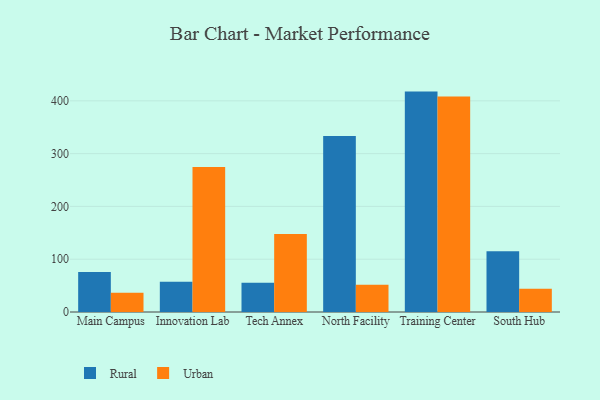
{"axis": {"x": "Campus", "y": "Population (Million)"}, "legend": ["Rural", "Urban"], "data": [{"x": "Main Campus", "y": 75.7, "type": "Rural"}, {"x": "Main Campus", "y": 36.7, "type": "Urban"}, {"x": "Innovation Lab", "y": 57.1, "type": "Rural"}, {"x": "Innovation Lab", "y": 274.6, "type": "Urban"}, {"x": "Tech Annex", "y": 55.6, "type": "Rural"}, {"x": "Tech Annex", "y": 147.9, "type": "Urban"}, {"x": "North Facility", "y": 333.2, "type": "Rural"}, {"x": "North Facility", "y": 51.4, "type": "Urban"}, {"x": "Training Center", "y": 417.5, "type": "Rural"}, {"x": "Training Center", "y": 408.4, "type": "Urban"}, {"x": "South Hub", "y": 115.2, "type": "Rural"}, {"x": "South Hub", "y": 43.9, "type": "Urban"}]}